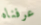
عرفناه